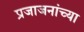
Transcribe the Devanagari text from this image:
प्रजाजनांच्या